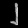
Digit: ၂